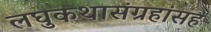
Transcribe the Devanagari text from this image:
लघुकथासंग्रहांसह